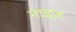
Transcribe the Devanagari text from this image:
नाइज़